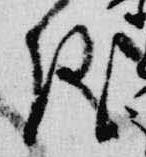
儀